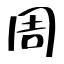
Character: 周